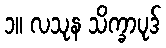
၁။ လသုန သိက္ခာပုဒ်